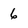
Character: 6